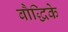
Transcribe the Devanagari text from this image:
बौद्धिके